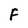
Character: F